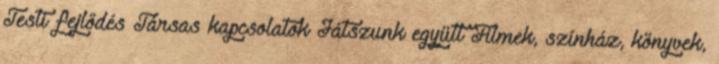
Testi fejlődés Társas kapcsolatok Játszunk együtt Filmek, színház, könyvek,